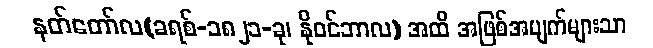
နတ်တော်လ(ခရစ်-၁၈၂၁-ခု၊ နိုဝင်ဘာလ) အထိ အဖြစ်အပျက်များသာ